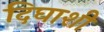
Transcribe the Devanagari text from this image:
दिघाशी